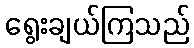
ရွေးချယ်ကြသည်